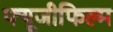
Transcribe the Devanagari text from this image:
फ्यूजीफिल्म